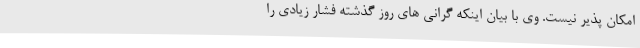
امکان پذیر نیست. وی با بیان اینکه گرانی های روز گذشته فشار زیادی را